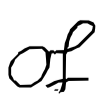
Text: of
Cross-out: clean
Writing tool: digital_black